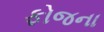
ફોજના